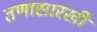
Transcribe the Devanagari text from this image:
तणासारखी